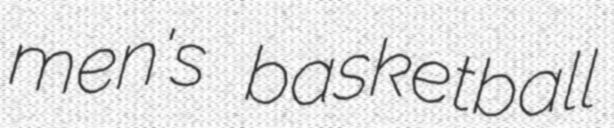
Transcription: men's basketball